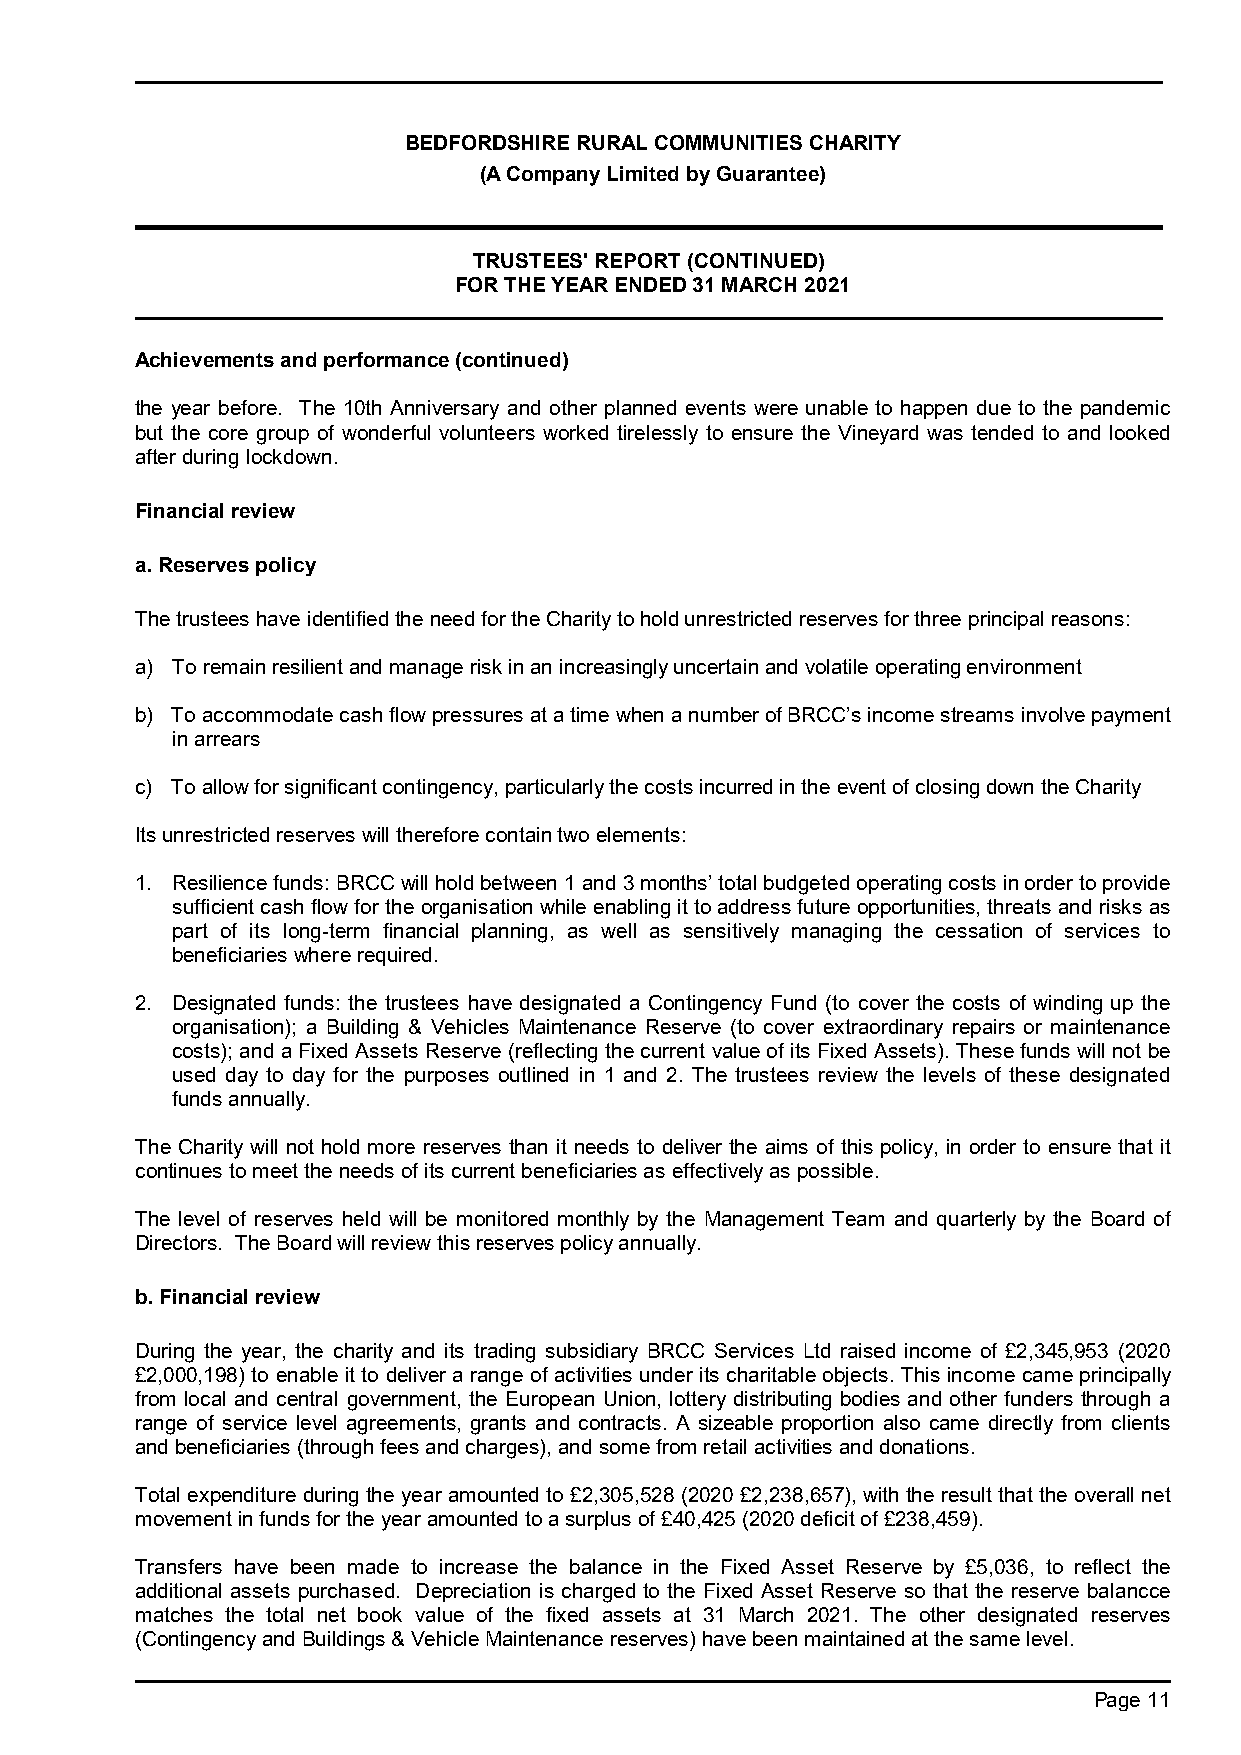
BEDFORDSHIRE RURAL COMMUNITIES CHARITY
 (A Company Limited by Guarantee)
 TRUSTEES' REPORT (CONTINUED)
 FOR THE YEAR ENDED 31 MARCH 2021
 Achievements and performance (continued)
 the year before. The 10th Anniversary and other planned events were unable to happen due to the pandemic
 but the core group of wonderful volunteers worked tirelessly to ensure the Vineyard was tended to and looked
 after during lockdown.
 Financial review
 a. Reserves policy
 The trustees have identified the need for the Charity to hold unrestricted reserves for three principal reasons:
 a) To remain resilient and manage risk in an increasingly uncertain and volatile operating environment
 b) To accommodate cash flow pressures at a time when a number of BRCC’s income streams involve payment
 in arrears
 c) To allow for significant contingency, particularly the costs incurred in the event of closing down the Charity
 Its unrestricted reserves will therefore contain two elements:
 1. Resilience funds: BRCC will hold between 1 and 3 months’ total budgeted operating costs in order to provide
 sufficient cash flow for the organisation while enabling it to address future opportunities, threats and risks as
 part of its long-term financial planning, as well as sensitively managing the cessation of services to
 beneficiaries where required.
 2. Designated funds: the trustees have designated a Contingency Fund (to cover the costs of winding up the
 organisation); a Building & Vehicles Maintenance Reserve (to cover extraordinary repairs or maintenance
 costs); and a Fixed Assets Reserve (reflecting the current value of its Fixed Assets). These funds will not be
 used day to day for the purposes outlined in 1 and 2. The trustees review the levels of these designated
 funds annually.
 The Charity will not hold more reserves than it needs to deliver the aims of this policy, in order to ensure that it
 continues to meet the needs of its current beneficiaries as effectively as possible.
 The level of reserves held will be monitored monthly by the Management Team and quarterly by the Board of
 Directors. The Board will review this reserves policy annually.
 b. Financial review
 During the year, the charity and its trading subsidiary BRCC Services Ltd raised income of £2,345,953 (2020
 £2,000,198) to enable it to deliver a range of activities under its charitable objects. This income came principally
 from local and central government, the European Union, lottery distributing bodies and other funders through a
 range of service level agreements, grants and contracts. A sizeable proportion also came directly from clients
 and beneficiaries (through fees and charges), and some from retail activities and donations.
 Total expenditure during the year amounted to £2,305,528 (2020 £2,238,657), with the result that the overall net
 movement in funds for the year amounted to a surplus of £40,425 (2020 deficit of £238,459).
 Transfers have been made to increase the balance in the Fixed Asset Reserve by £5,036, to reflect the
 additional assets purchased. Depreciation is charged to the Fixed Asset Reserve so that the reserve balancce
 matches the total net book value of the fixed assets at 31 March 2021. The other designated reserves
 (Contingency and Buildings & Vehicle Maintenance reserves) have been maintained at the same level.
 Page 11